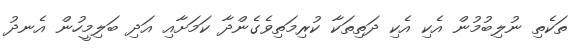
ތަކެތި ނުލިބުމުން އެކި އެކި ދަތިތަކާ ކުރިމަތިވެގެންދާ ކަމަށާއި އަދި ބަލިމީހުން އެނދު